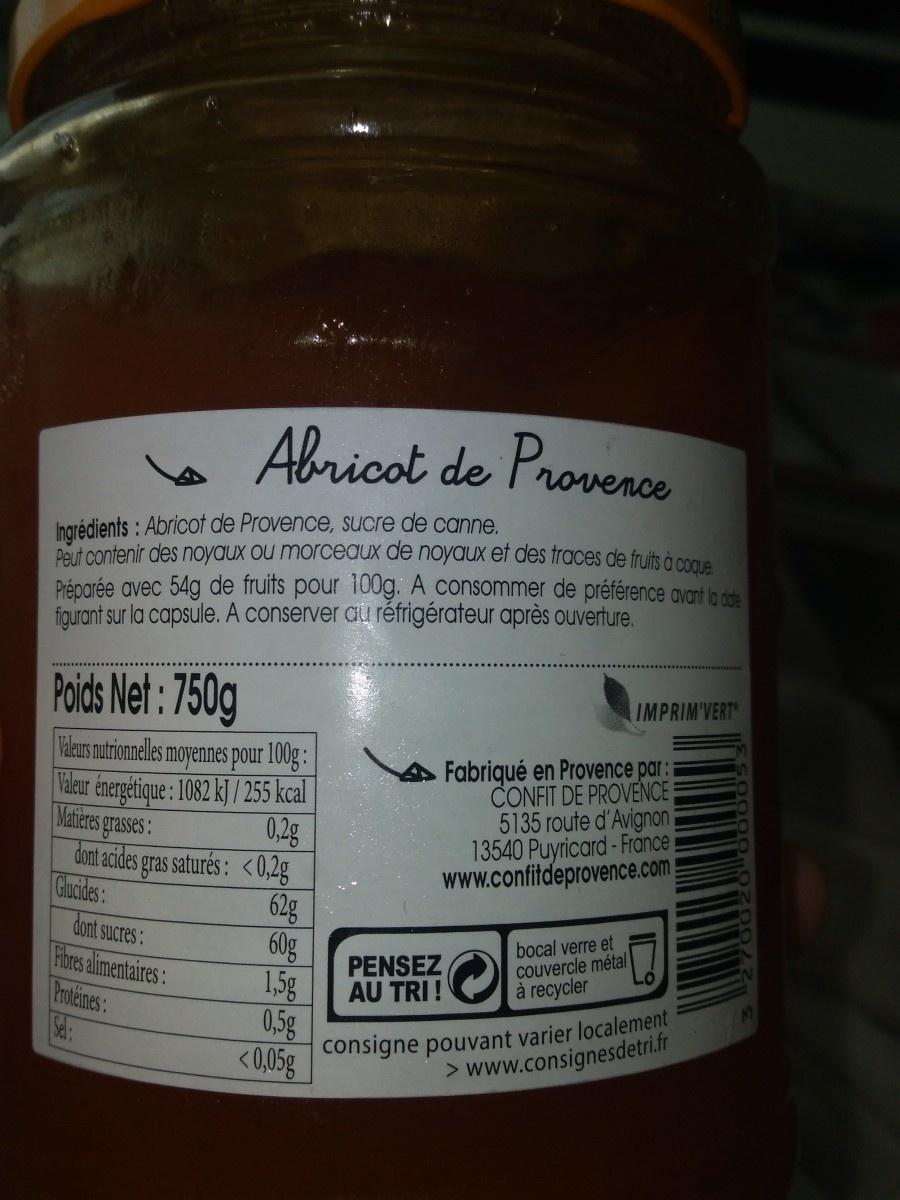
Ingrédients: Abricot de Provence, sucre de canne.
Peut contenir des noyaux ou morceaux de noyaux et des traces de fruits à coque Préparée avec 54g de fruits pour 100g. A consommer de préférence avant la date figurant sur la capsule. A conserver au réfrigérateur après ouverture.
Abricot de Provence
Poids Net: 750g
Valeurs nutrionnelles moyennes pour 100g: Valeur énergétique : 1082 kJ / 255 kcal Matières grasses: dont acides gras saturés: <0,2g
0,2g
Glucides:
dont sucres:
Fibres alimentaires:
Proteines:
Sel:
62g
60g
1,5g
0,5g
<0,05g
Fabriqué en Provence par : CONFIT DE PROVENCE 5135 route d'Avignon 13540 Puyricard-France www.confitdeprovence.com
AU TRI !
IMPRIM'VERT
bocal verre et couvercle métal à recycler
consigne pouvant varier localement > www.consignesdetri.fr